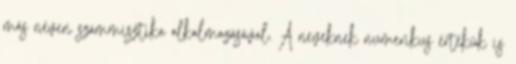
más néven számmisztika alkalmazásával. A neveknek numerikus értékük is